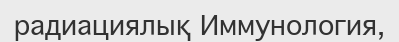
радиациялық Иммунология,